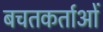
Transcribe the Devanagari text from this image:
बचतकर्ताओं